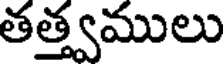
తత్త్వములు